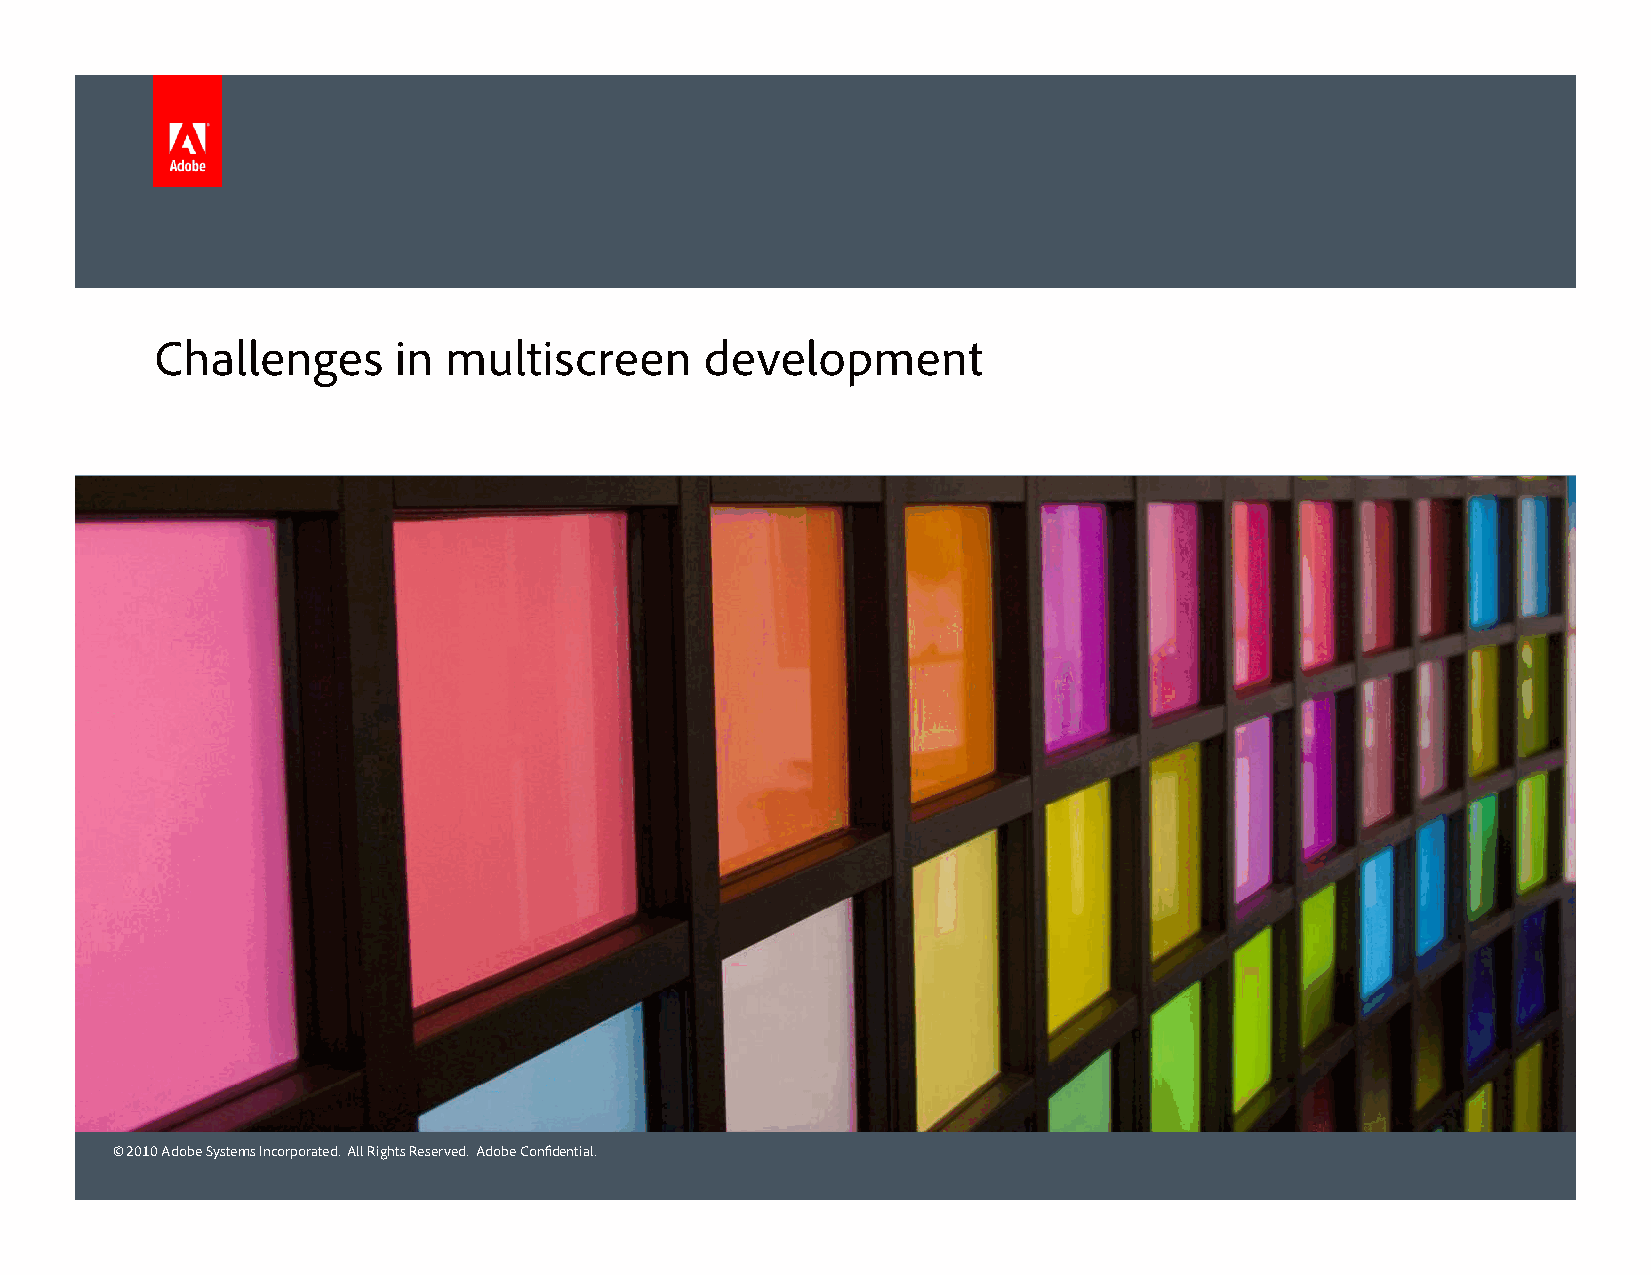
Challenges      in multiscreen       development
 © 2010 Adobe Systems Incorporated. All Rights Reserved. Adobe Confidential.